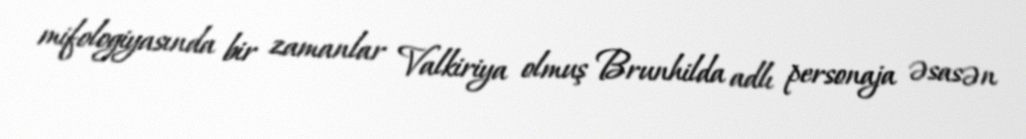
mifologiyasında bir zamanlar Valkiriya olmuş Brunhilda adlı personaja əsasən